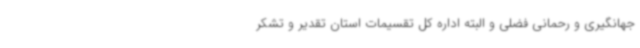
جهانگیری و رحمانی فضلی و البته اداره کل تقسیمات استان تقدیر و تشکر